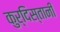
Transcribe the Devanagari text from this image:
कुर्दिस्तानी